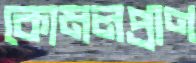
কোমলপ্রাণ